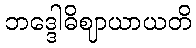
ဘဒ္ဒေါဓိဈာယာယတိ